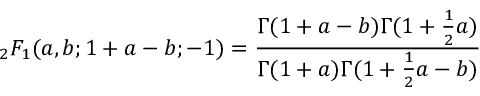
{ } _ { 2 } F _ { 1 } ( a , b ; 1 + a - b ; - 1 ) = { \frac { \Gamma ( 1 + a - b ) \Gamma ( 1 + { \frac { 1 } { 2 } } a ) } { \Gamma ( 1 + a ) \Gamma ( 1 + { \frac { 1 } { 2 } } a - b ) } }